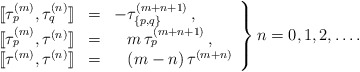
\begin{align*}\left.\begin{array}{rcl}{[\![} \tau_p^{(m)} , \tau_q^{(n)} {]\!]} & = &-\tau_{\{p,q\}}^{(m+n+1)}\,, \\{[\![} \tau_p^{(m)} , \tau^{(n)} {]\!]} & = &\phantom{-}m\,\tau_{p}^{(m+n+1)}\,, \\{[\![} \tau^{(m)} , \tau^{(n)} {]\!]} & = &\phantom{-} (m-n)\,\tau^{(m+n)}\end{array}\right\}n=0,1,2,\ldots .\end{align*}